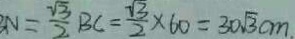
N = \frac { \sqrt { 3 } } { 2 } B C = \frac { \sqrt { 3 } } { 2 } \times 6 0 = 3 0 \sqrt { 3 } c m .